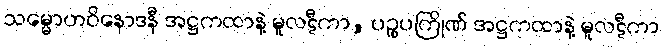
သမ္မောဟဝိနောဒနီ အဋ္ဌကထာနဲ့ မူလဋီကာ, ပဉ္စပကြိုဏ် အဋ္ဌကထာနဲ့ မူလဋီကာ